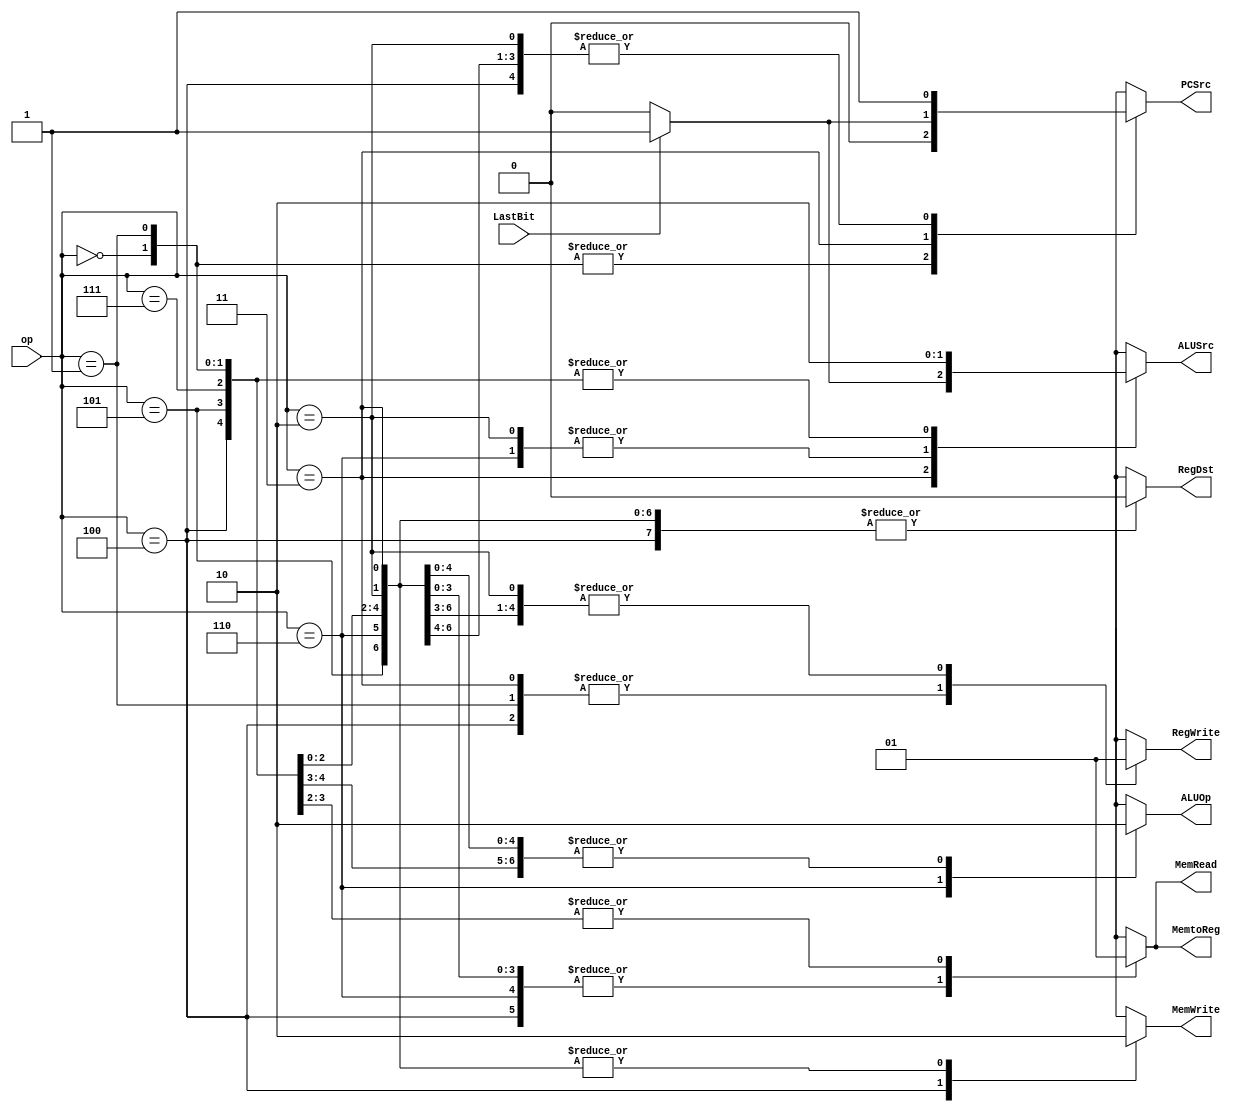
module Control(op,LastBit,MemWrite,MemRead,PCSrc,ALUSrc,ALUOp,RegDst,RegWrite,MemtoReg);
	input [2:0]op;
	input LastBit;
	output reg MemWrite,MemRead,PCSrc,ALUSrc,ALUOp,RegDst,RegWrite,MemtoReg;
	
	always @(op,LastBit) begin
		case(op)
			//jal - fl
			3'b000: begin
					MemWrite <= 0; 
					MemRead 	<= 0; 
					PCSrc 	<= 0; 
					ALUSrc 	<= 0; 
					ALUOp 	<= 0; 
					RegDst 	<= 0; 
					RegWrite <= 1;
					MemtoReg <= 0; //x
			end
			
			//jr - fr
			3'b001: begin
					MemWrite <= 0; 
					MemRead 	<= 0; 
					PCSrc 	<= 0; 
					ALUSrc 	<= 0; 
					ALUOp 	<= 0; 
					RegDst 	<= 0; 
					RegWrite <= 0;
					MemtoReg <= 0;
			end
			
			//add - sum
			3'b010: begin
					MemWrite <= 0; 
					MemRead 	<= 0; 
					PCSrc 	<= 1; 
					ALUSrc 	<= 1; 
					ALUOp 	<= 0; 
					RegDst 	<= 0; 
					RegWrite <= 1;
					MemtoReg <= 0;
			end

			//beq - bq
			3'b011: begin
				if(LastBit == 1'b0) begin
					MemWrite <= 0; 
					MemRead 	<= 0; 
					PCSrc 	<= 0; 
					ALUSrc 	<= 0; 
					ALUOp 	<= 0; 
					RegDst 	<= 0; 
					RegWrite <= 0;
					MemtoReg <= 0; //x
				end
				
				else begin
					MemWrite <= 0; 
					MemRead 	<= 0; 
					PCSrc 	<= 1; 
					ALUSrc 	<= 1; 
					ALUOp 	<= 0; 
					RegDst 	<= 0; 
					RegWrite <= 0;
					MemtoReg <= 0; //x
				end
			end
			
			//sw - sw
			3'b100: begin
					MemWrite <= 1; 
					MemRead 	<= 0; 
					PCSrc 	<= 1; 
					ALUSrc 	<= 0; 
					ALUOp 	<= 0; 
					RegDst 	<= 0; 
					RegWrite <= 0;
					MemtoReg <= 0;
			end
			
			//lw - lw
			3'b101: begin
					MemWrite <= 0; 
					MemRead 	<= 1; 
					PCSrc 	<= 1; 
					ALUSrc 	<= 0; 
					ALUOp 	<= 0; 
					RegDst 	<= 0; 
					RegWrite <= 1;
					MemtoReg <= 1;
			end
			
			//xor - xr
			3'b110: begin
					MemWrite <= 0;
					MemRead 	<= 0; 
					PCSrc 	<= 1; 
					ALUSrc 	<= 1; 
					ALUOp 	<= 1; 
					RegDst 	<= 0; 
					RegWrite <= 1;
					MemtoReg <= 0;
			end
			
			//la - ca
			3'b111: begin
					MemWrite <= 0;
					MemRead 	<= 1; 
					PCSrc 	<= 1; 
					ALUSrc 	<= 0; 
					ALUOp 	<= 0; 
					RegDst 	<= 0; 
					RegWrite <= 1;
					MemtoReg <= 1;
			end
	  endcase  
	end
endmodule

module ALU(ck,ALUOp,in1,in2,out1,zero);
	input ALUOp,ck;
	input [7:0]in1,in2;
	output reg[7:0]out1;
	output zero;
	assign zero = (out1 == 0); //zero e 1 caso todos so 0

	always @(ALUOp,in1,in2) begin
		case(ALUOp)
			0: out1 <= in1 + in2;
			1: out1 <= in1 ^ in2;
			
			default: out1 <= 1;
		endcase   
	end
endmodule


module tp9();

endmodule